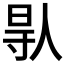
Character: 𠊛